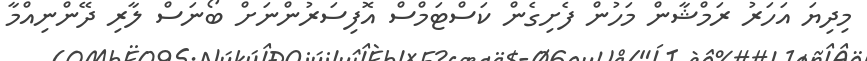
މިދިޔަ އަހަރު ރަމްޝާން މަހުން ފެށިގެން ކަސްޓަމްސް އޮފިސަރުންނަށް ބޯނަސް ލާރި ދޭންނިއްމާ